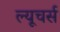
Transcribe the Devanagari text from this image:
ल्यूचर्स